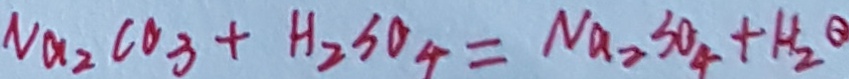
N a _ { 2 } C O _ { 3 } + H _ { 2 } S O _ { 4 } = N a _ { 2 } S O _ { 4 } + H _ { 2 } O